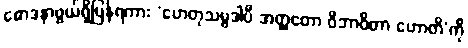
စောဒနာဖွယ်ရှိပြန်ရကား ‘ဟေတုသမ္ပဒါပိ အတ္ထတော ဝိဘာဝိတာ ဟောတိ’ကို